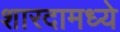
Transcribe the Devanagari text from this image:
शारदामध्ये